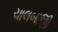
ચાલબાજી